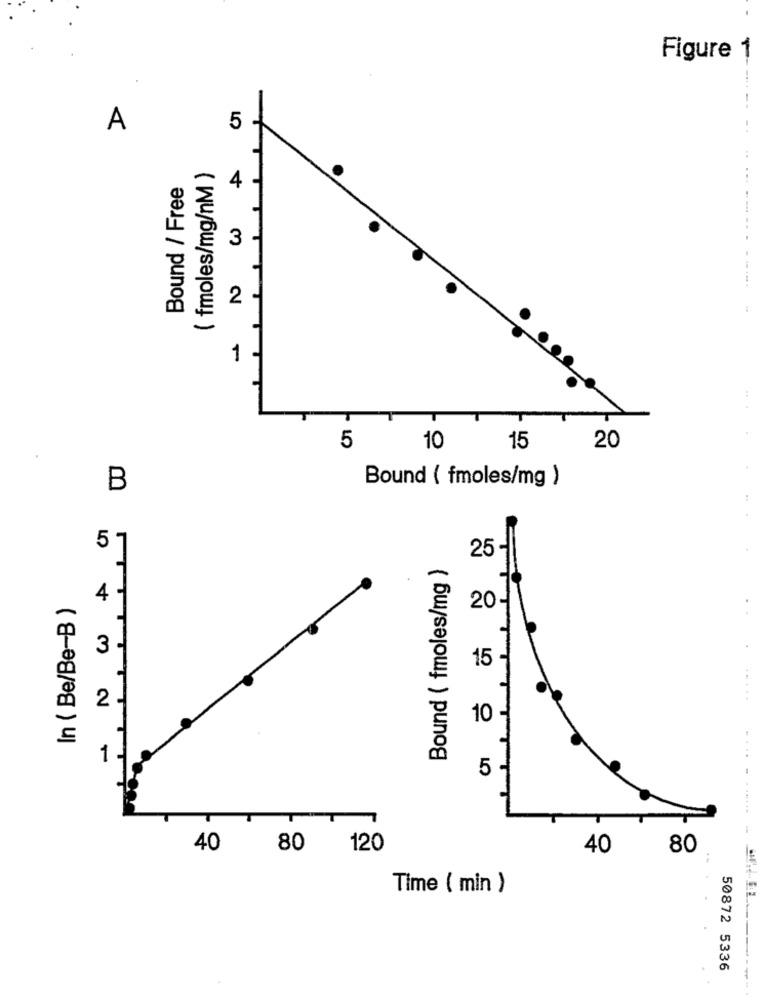
Figure 1
D
5
( fmoles/mg/nM )
Bound / Free
4
3
2
1
..
T
20
5
10
15
Bound ( fmoles/mg )
B
N w A
Bound ( fmoles/mg )
25
In ( Be/Be-B )
20-
15
10
1
5 -
40
80
120
40
80
Time ( min )
50872 5336